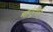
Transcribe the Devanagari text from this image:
महापुत्राने